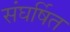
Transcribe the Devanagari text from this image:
संघर्षित